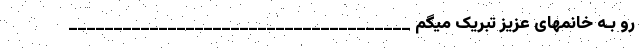
رو بـه خانمهای عزیز تبریک میگم ______________________________________